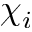
\chi _ { i }